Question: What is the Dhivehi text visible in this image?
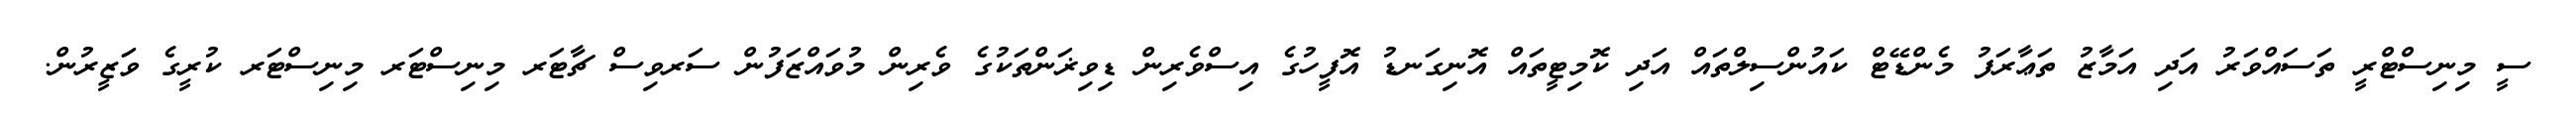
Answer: ސީ މިނިސްޓްރީ ތަސައްވަރު އަދި އަމާޒު ތަޢާރަފު މެންޑޭޓް ކައުންސިލްތައް އަދި ކޮމިޓީތައް އޮނިގަނޑު އޮފީހުގެ އިސްވެރިން ޑިވިޜަންތަކުގެ ވެރިން މުވައްޒަފުން ސަރވިސް ޗާޓަރ މިނިސްޓަރ މިނިސްޓަރ ކުރީގެ ވަޒީރުން.